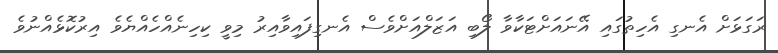
ރަގަޅަށް އެނގި އެހިތުގައި އޭނައަށްޓަކާވާ ލޯބި އަޒަލްއަށްވެސް އެނގިފައިވާއިރު މިވީ ކިހިނެއްހެއްޔެވެ އިރުކޮޅެއްނުވެ